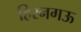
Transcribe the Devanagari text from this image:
हिरनगऊ